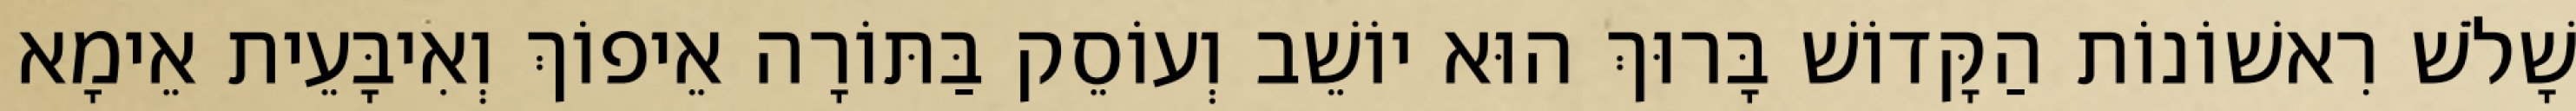
שָׁלֹשׁ רִאשׁוֹנוֹת הַקָּדוֹשׁ בָּרוּךְ הוּא יוֹשֵׁב וְעוֹסֵק בַּתּוֹרָה אֵיפוֹךְ וְאִיבָּעֵית אֵימָא